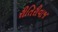
રીતિરીવાજ